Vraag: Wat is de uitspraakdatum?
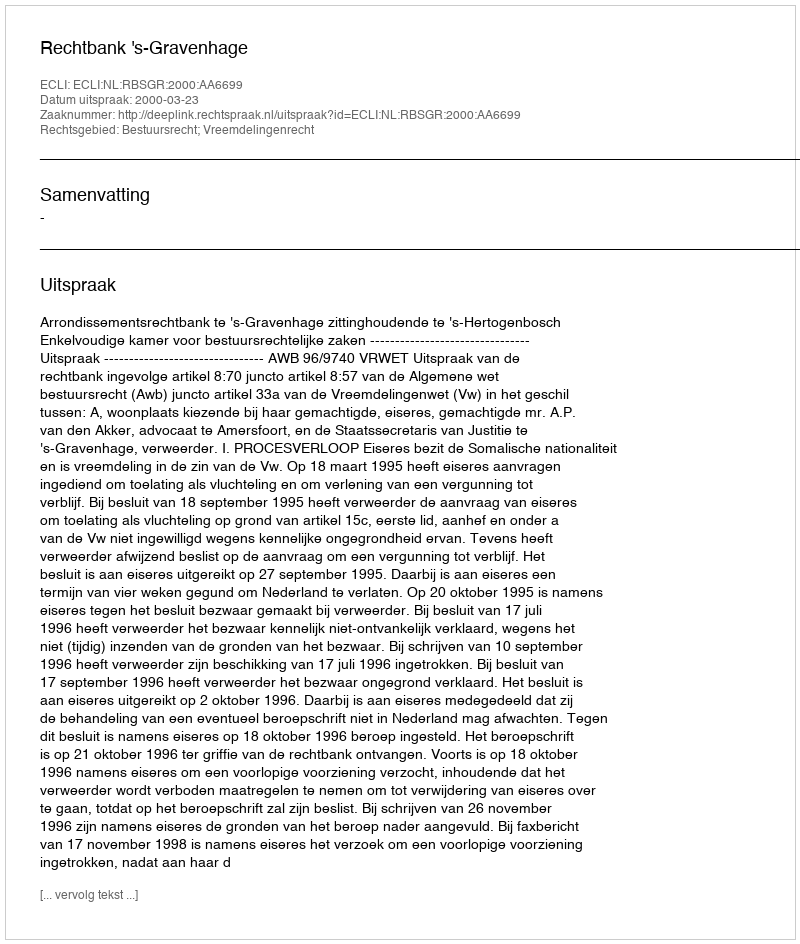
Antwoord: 2000-03-23